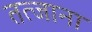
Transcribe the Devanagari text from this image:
तत्जाना